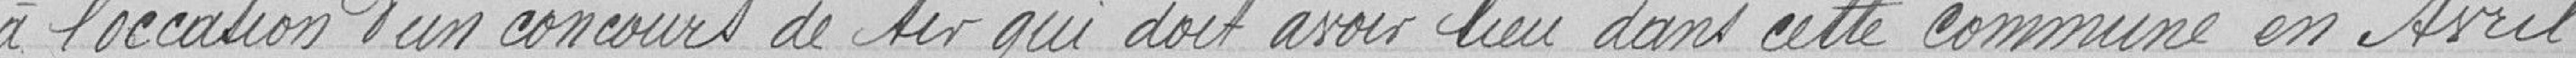
à l'occasion d'un concours de tir qui doit avoir lieu dans cette commune en avril